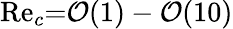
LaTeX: \mathrm{Re}_{c}{=}\mathcal{O}(1)-\mathcal{O}(10)